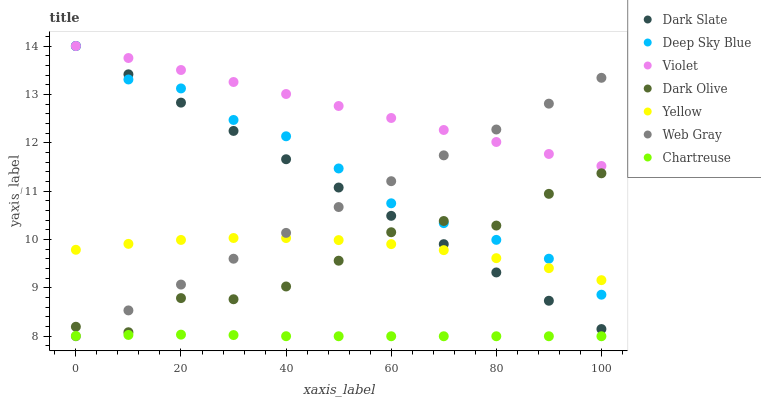
| xaxis_label | Dark Slate | Deep Sky Blue | Violet | Dark Olive | Yellow | Web Gray | Chartreuse |
 | --- | --- | --- | --- | --- | --- | --- | --- |
 | 0 | 14 | 14 | 14 | 8.2 | 9.79 | 8 | 8.01 |
 | 10 | 13.4 | 13.3 | 13.8 | 8.08 | 9.91 | 8.53 | 8.03 |
 | 20 | 12.8 | 13.1 | 13.5 | 8.79 | 9.99 | 9.07 | 8.03 |
 | 30 | 12.2 | 12.5 | 13.3 | 8.76 | 10 | 9.6 | 8.02 |
 | 40 | 11.7 | 12.1 | 13 | 9.03 | 10 | 10.1 | 8 |
 | 50 | 11.1 | 11.5 | 12.8 | 9.56 | 9.99 | 10.7 | 8 |
 | 60 | 10.5 | 10.7 | 12.5 | 10.2 | 9.9 | 11.2 | 8 |
 | 70 | 9.9 | 10.3 | 12.3 | 10.4 | 9.78 | 11.7 | 8 |
 | 80 | 9.32 | 9.99 | 12 | 10.3 | 9.61 | 12.3 | 8 |
 | 90 | 8.73 | 9.6 | 11.8 | 10.9 | 9.41 | 12.8 | 8 |
 | 100 | 8.15 | 8.86 | 11.5 | 11.4 | 9.16 | 13.3 | 8 |